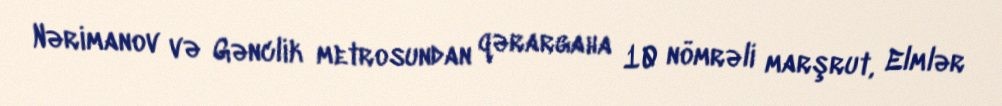
Nərimanov və Gənclik metrosundan qərargaha 10 nömrəli marşrut, Elmlər